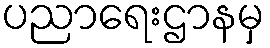
ပညာရေးဌာနမှ